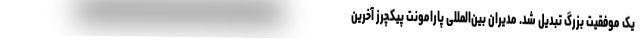
یک موفقیت بزرگ تبدیل شد. مدیران بین‌المللی پارامونت پیکچرز آخرین